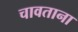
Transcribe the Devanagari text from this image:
चावताना